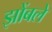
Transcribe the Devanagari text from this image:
झोंबले